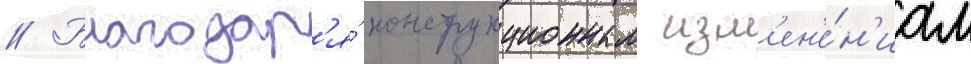
// Благодар'я́ конструкционным изм'ен'е́н'иам